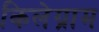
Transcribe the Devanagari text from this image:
किलेग्राम